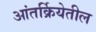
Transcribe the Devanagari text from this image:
आंतर्क्रियेतील